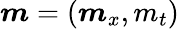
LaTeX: \boldsymbol{m}=(\boldsymbol{m}_{x},m_{t})